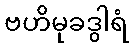
ဗဟိမုခဒွါရံ